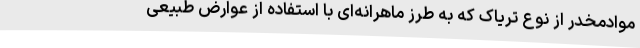
موادمخدر از نوع تریاک که به طرز ماهرانه‌ای با استفاده از عوارض طبیعی